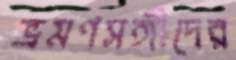
ভ্রমণসঙ্গীদের